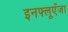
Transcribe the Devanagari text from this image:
इनफ्लूएँजा